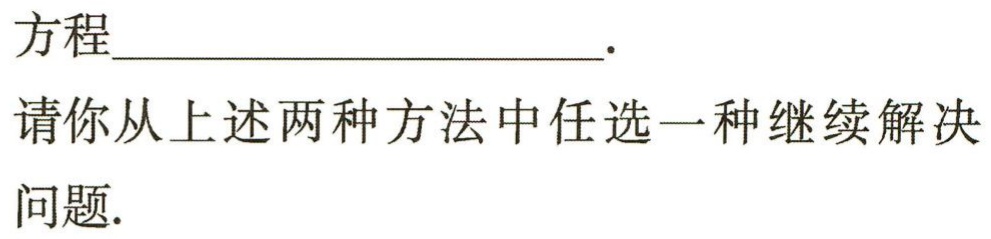
方程____________________.

请你从上述两种方法中任选一种继续解决

问题.